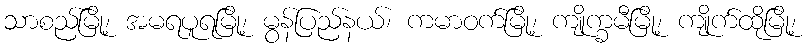
သာစည်မြို့၊ အမရပူရမြို့၊ မွန်ပြည်နယ်၊ ကမာဝက်မြို့၊ ကျိုက္ခမီမြို့၊ ကျိုက်ထိုမြို့၊